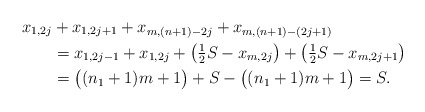
\begin{align*}x_{1,2j} &+ x_{1,2j+1} + x_{m,(n+1)-2j} + x_{m,(n+1)-(2j+1)} \\&= x_{1,2j-1} + x_{1,2j} + \bigl( \tfrac{1}{2} S - x_{m,2j} \bigr) + \bigl( \tfrac{1}{2} S - x_{m,2j+1} \bigr) \\&= \bigl( (n_1 +1) m +1 \bigr) + S - \bigl( (n_1 +1) m +1 \bigr) =S.\end{align*}